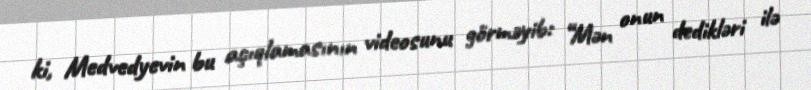
ki, Medvedyevin bu açıqlamasının videosunu görməyib: “Mən onun dedikləri ilə